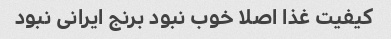
کیفیت غذا اصلا خوب نبود برنج ایرانی نبود